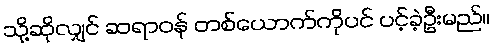
သို့ဆိုလျှင် ဆရာဝန် တစ်ယောက်ကိုပင် ပင့်ခဲ့ဦးမည်။